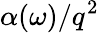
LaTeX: \alpha(\omega)/q^{2}